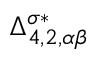
\Delta _ { 4 , 2 , \alpha \beta } ^ { \sigma * }